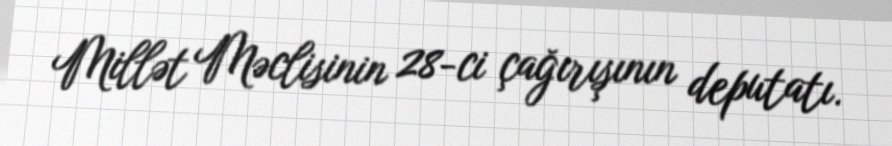
Millət Məclisinin 28-ci çağırışının deputatı.